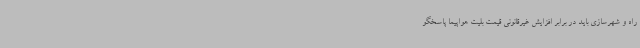
راه و شهرسازی باید در برابر افزایش غیرقانونی قیمت بلیت هواپیما پاسخگو